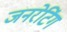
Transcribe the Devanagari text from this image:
जनरेटिंग